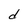
Character: d